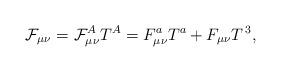
LaTeX: \begin{align*}\mathcal{F}_{\mu \nu }=\mathcal{F}_{\mu \nu }^AT^A=F_{\mu \nu }^aT^a+F_{\mu\nu }T^{\,3}, \end{align*}